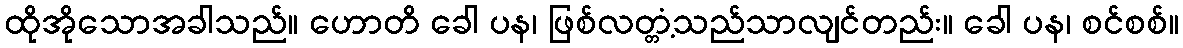
ထိုအိုသောအခါသည်။ ဟောတိ ခေါ ပန၊ ဖြစ်လတ္တံ့သည်သာလျင်တည်း။ ခေါ ပန၊ စင်စစ်။